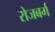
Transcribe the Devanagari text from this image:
रोजबर्ग